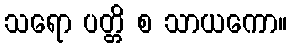
သရော ပတ္တိ စ သာယကော။